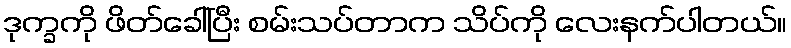
ဒုက္ခကို ဖိတ်ခေါ်ပြီး စမ်းသပ်တာက သိပ်ကို လေးနက်ပါတယ်။